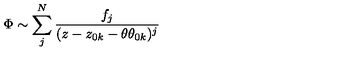
\Phi \sim \sum _ { j } ^ { N } \frac { f _ { j } } { ( z - z _ { 0 k } - \theta \theta _ { 0 k } ) ^ { j } }